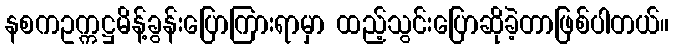
နစကဥက္ကဋ္ဌမိန့်ခွန်းပြောကြားရာမှာ ထည့်သွင်းပြောဆိုခဲ့တာဖြစ်ပါတယ်။